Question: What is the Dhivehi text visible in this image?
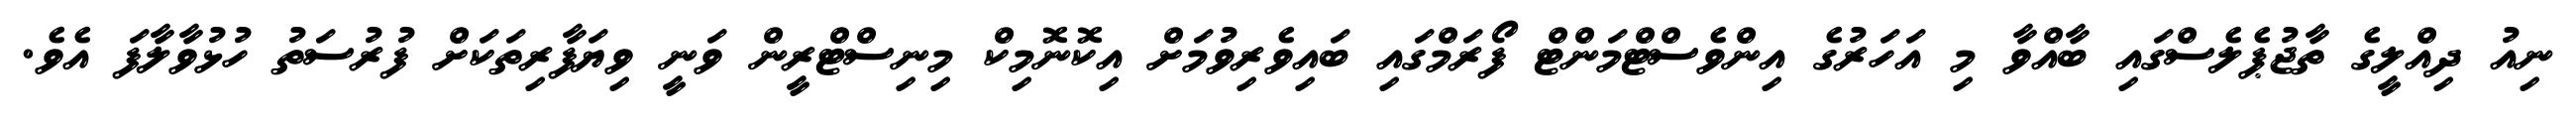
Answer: ނިއު ދިއްލީގެ ތާޖުޕެލެސްގައި ބާއްވާ މި އަހަރުގެ އިންވެސްޓްމަންޓް ފޯރަމްގައި ބައިވެރިވުމަށް އިކޮނޮމިކް މިނިސްޓްރީން ވަނީ ވިޔަފާރިތަކަށް ފުރުސަތު ހުޅުވާލާފަ އެވެ.